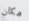
مكان